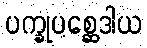
ပက္ခုပစ္ဆေဒါယ